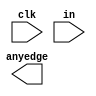
// For each bit in an 8-bit vector, detect when the input signal changes from one clock cycle to the next (detect any edge). The output bit should be set the cycle after a 0 to 1 transition occurs.

module top_module (
    input clk,
    input [7:0] in,
    output [7:0] anyedge
);

	// Insert your code here

endmodule